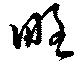
略